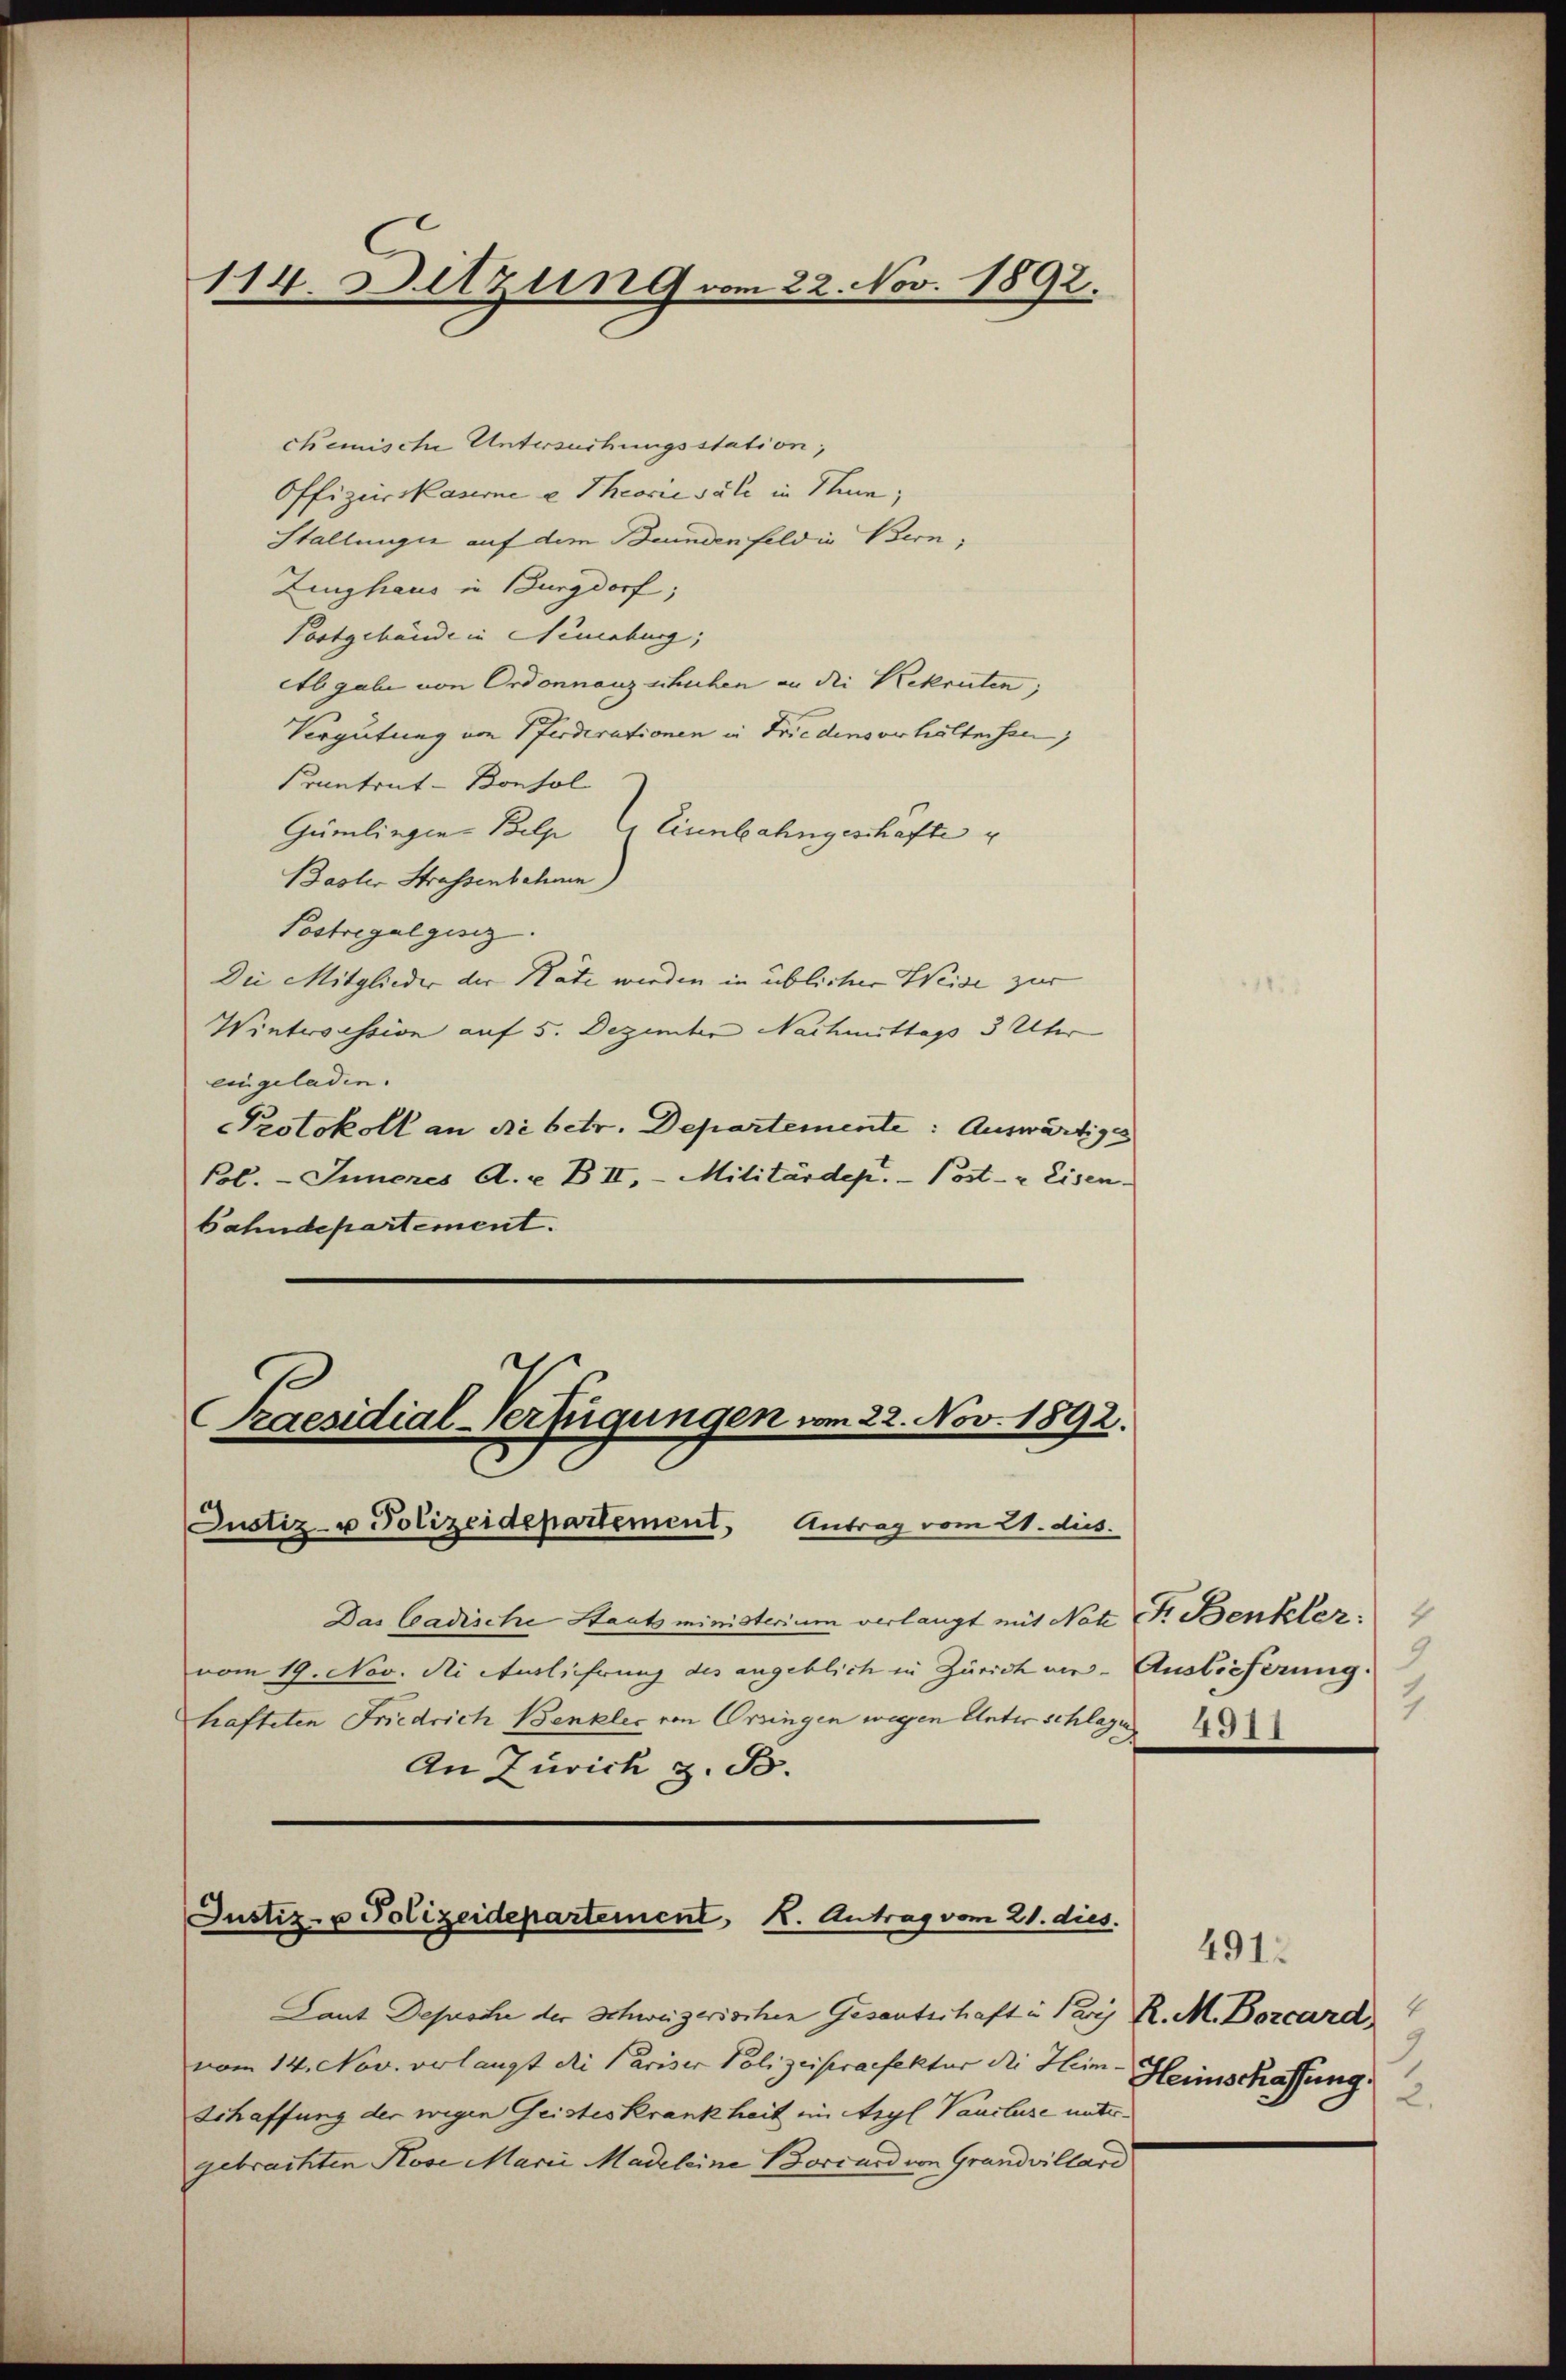
114. Sitzung vom 22. Nov. 1892.

chemische Untersuchungsstation;
Offizierskaserne u Theoriesale in Sinn,
Stallungen auf dem Beundenfeldin Bern,
Zeughaus in Burgdorf,
Postgebäude in Neuenburg,
Abgabe von Ordonnanz schuhen an die Rekruten;
Vergütung von Pferderationen in Friedensverhältnison,
Krantrat-Bonsol
Gümlingen Belp u. Einnbahngeschafte
Basler Strassenbahnen)
Postregalgesez
Die Mitglieder der Nate werden in üblicher Weise zur
Wintersession auf 5. Dezember Nachmittags 3 Uhr
eingeladen.
Protokoll an die betr. Departemente: Auswärtiges
Pol. - Inneres A. u. B. II, Militärdep. Post- & Eisen.
bahndepartement.

d
Praesidial-Verfügungen vom 22. Nov. 1892.
Justiz- u Polizeidepartement, Antrag vom 21. dus.

Das Cadische Staatsministerium verlangt mit Note Fr. Benkler
vom 19. Nov. di Auslieferung des angeblich in Zürich ver- Auslieferung.
hafteten Friedrich Benkler von Orsingen wegen Unter schlagen
An Zürich z. B.

Laut Depesche der Schweizerischen Gesantschaft in Paris R. M. Borcard
vom 14. Nov. verlangt die Pariser Polizeipraefektur die Heim.
Schaffung der wegen Geisteskrankheit im Asyl Vaucluse untergebrachten Kose Marii Madeleine Bocius von Grandvillard

Justiz- u Polizeidepartement, K. Antrag vom 21. dies

2
4311

4912
9
Heimschaffung.
2.